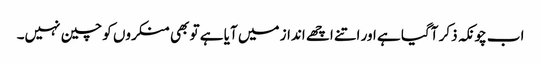
اب چونکہ ذکر آگیا ہے اور اتنے اچھے انداز میں آیا ہے تو بھی منکروں کو چین نہیں۔